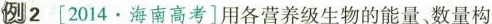
例2[2014.海南高考]用各营养级生物的能量、数量构